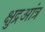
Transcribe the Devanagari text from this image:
क्षुद्रआंत्र